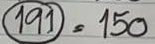
(191) = 150